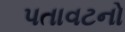
પતાવટનો